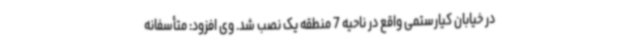
در خیابان کیارستمی واقع در ناحیه 7 منطقه یک نصب شد. وی افزود: متأسفانه